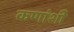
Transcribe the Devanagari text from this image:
कणांशी